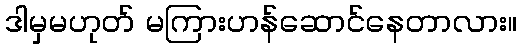
ဒါမှမဟုတ် မကြားဟန်ဆောင်နေတာလား။